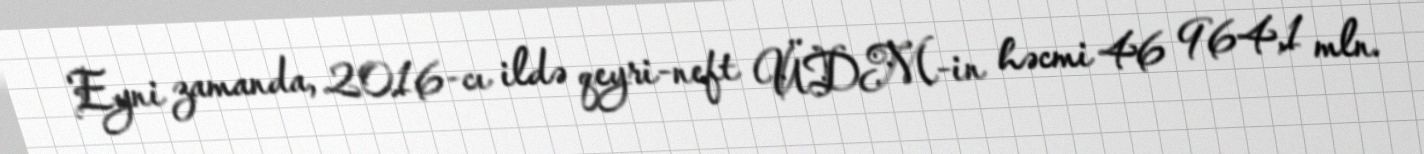
Eyni zamanda, 2016-cı ildə qeyri-neft ÜDM-in həcmi 46 964,1 mln.